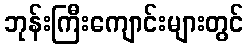
ဘုန်းကြီးကျောင်းများတွင်